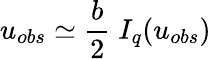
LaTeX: u_{obs}\simeq\frac{b}{2}\; I_{q}(u_{obs})